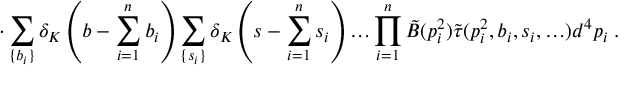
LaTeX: \cdot \sum _ { \{ b _ { i } \} } \delta _ { K } \left( b - \sum _ { i = 1 } ^ { n } b _ { i } \right) \sum _ { \{ s _ { i } \} } \delta _ { K } \left( s - \sum _ { i = 1 } ^ { n } s _ { i } \right) \ldots \prod _ { i = 1 } ^ { n } \tilde { B } ( p _ { i } ^ { 2 } ) \tilde { \tau } ( p _ { i } ^ { 2 } , b _ { i } , s _ { i } , \ldots ) d ^ { 4 } p _ { i } \; .